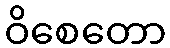
ဝိစေတော